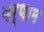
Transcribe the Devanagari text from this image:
वर्णाम